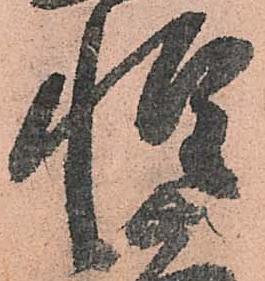
惶